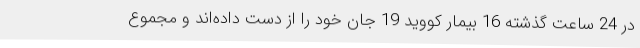
در 24 ساعت گذشته 16 بیمار کووید 19 جان خود را از دست داده‌اند و مجموع